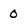
Character: 0